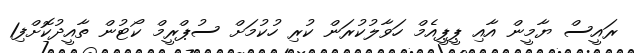
ރައީސް ޔާމީން އާއި ޕީޕީއެމް ހަވާލުކުރަން ކުރި ހުކުމަށް ސުޕްރީމް ކޯޓުން ތާއީދުކޮށްފި1